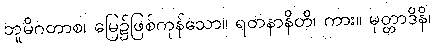
ဘူမိဂတာစ၊ မြေ၌ဖြစ်ကုန်သော။ ရတနာနိတိ၊ ကား။ မုတ္တာဒိနိ၊